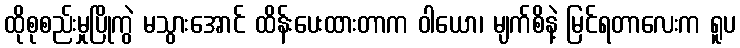
ထိုစုစည်းမှုပြိုကွဲ မသွားအောင် ထိန်းပေးထားတာက ဝါယော၊ မျက်စိနဲ့ မြင်ရတာလေးက ရူပ